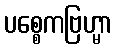
ပစ္စေကဗြဟ္မာ